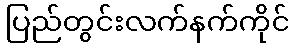
ပြည်တွင်းလက်နက်ကိုင်